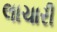
લાચારી